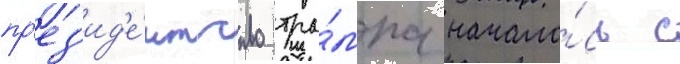
пр'ез'ид'е́нтство тра́мпа начало́сь с